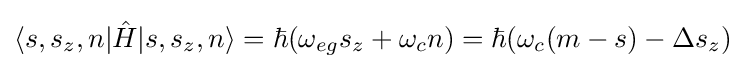
\langle s,s_{z},n|{\hat {H}}|s,s_{z},n\rangle =\hbar (\omega _{eg}s_{z}+\omega _{c}n)=\hbar (\omega _{c}(m-s)-\Delta s_{z})